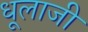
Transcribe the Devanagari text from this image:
धूलाजी